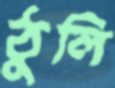
ঠুলি